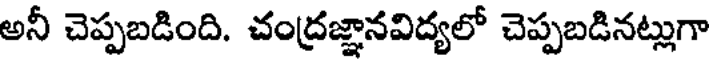
అనీ చెప్పబడింది. చంద్రజ్ఞానవిద్యలో చెప్పబడినట్లుగా